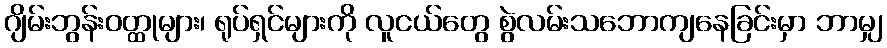
ဂျိမ်းဘွန်းဝတ္ထုများ၊ ရုပ်ရှင်များကို လူငယ်တွေ စွဲလမ်းသဘောကျနေခြင်းမှာ ဘာမျှ